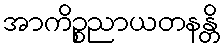
အာကိဉ္စညာယတနန္တိ